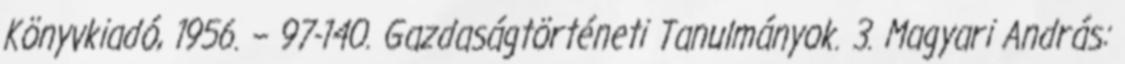
Könyvkiadó, 1956. – 97-140. Gazdaságtörténeti Tanulmányok. 3. Magyari András: